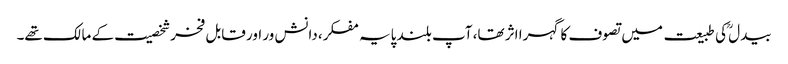
بیدل ؒکی طبیعت میں تصوف کا گہرا اثر تھا، آپ بلند پایہ مفکر، دانش ور اور قابل فخرشخصیت کے مالک تھے۔